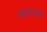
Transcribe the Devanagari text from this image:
बथ्रकली